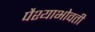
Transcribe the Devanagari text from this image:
पैश्याभोवती